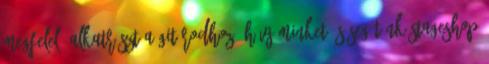
megfelelő alkatrészt a gitárodhoz? Hívj minket és segítünk Stageshop